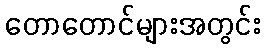
တောတောင်များအတွင်း